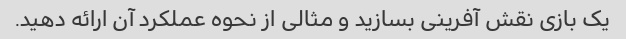
یک بازی نقش آفرینی بسازید و مثالی از نحوه عملکرد آن ارائه دهید.